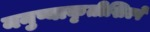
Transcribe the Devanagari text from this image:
मनुष्याकृतीशिल्पे